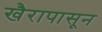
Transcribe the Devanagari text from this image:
खैरापासून